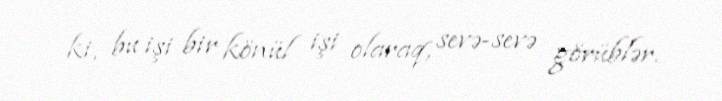
ki, bu işi bir könül işi olaraq, sevə-sevə görüblər.